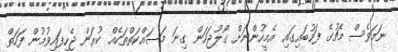
ނަމަވެސް މެޗުގެ ފަހުބައިގައި އެމީހުންނަށް ގޯލުޖަހަން ގިނަ މަސައްކަތްތަކެއްް ކުރަން ޖެހިފައިވުމުން ފަހަތް